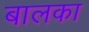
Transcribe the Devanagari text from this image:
बालका